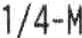
1/4-M